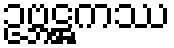
ဥဗ္ဘဋ္ဌကဿ